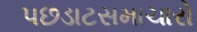
પછડાટસમાચારો